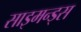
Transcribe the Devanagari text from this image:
साइमन्ड्स